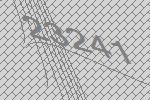
23241